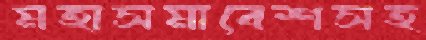
মহাসমাবেশসহ